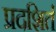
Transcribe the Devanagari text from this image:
प्रदशिर्त